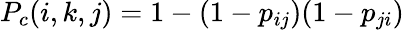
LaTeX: P_{c}(i,k,j)=1-(1-p_{ij})(1-p_{ji})